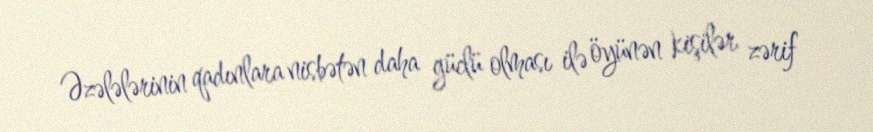
Əzələlərinin qadınlara nisbətən daha güclü olması ilə öyünən kişilər zərif